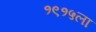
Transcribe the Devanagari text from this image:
१९१५ला